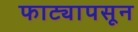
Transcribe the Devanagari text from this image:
फाट्यापसून